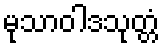
မုသာဝါဒသုတ္တံ